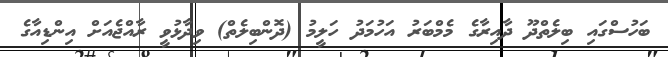
ބަހުސްގައި ބިލެތްދޫ ދާއިރާގެ މެމްބަރު އަހުމަދު ހަލީމު (ދޮންބިލެތް) ވިދާޅުވީ ރާއްޖެއަށް އިންޑިއާގެ